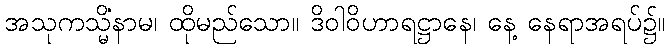
အသုကသ္မိံနာမ၊ ထိုမည်သော။ ဒိဝါဝိဟာရဋ္ဌာနေ၊ နေ့ နေရာအရပ်၌။